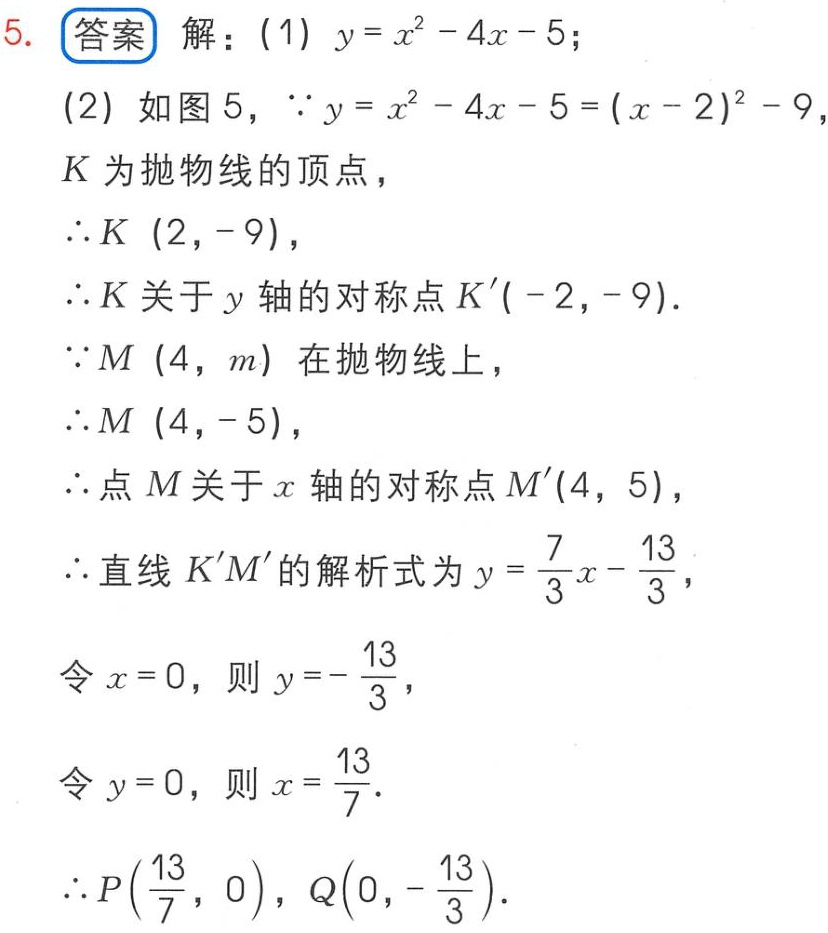
5. 答案 解：(1) \(y = x^{2}-4x - 5\)；
(2) 如图5，\(\because y = x^{2}-4x - 5=(x - 2)^{2}-9\)
\(K\)为抛物线的顶点，
\(\therefore K(2,-9)\)，
\(\therefore K\)关于\(y\)轴的对称点\(K'(-2,-9)\)．
\(\because M(4,m)\)在抛物线上，
\(\therefore M(4,-5)\)，
\(\therefore\)点\(M\)关于\(x\)轴的对称点\(M'(4,5)\)，
\(\therefore\)直线\(K'M'\)的解析式为\(y = \frac{7}{3}x-\frac{13}{3}\)，
令\(x = 0\)，则\(y =-\frac{13}{3}\)，
令\(y = 0\)，则\(x=\frac{13}{7}\)．
\(\therefore P(\frac{13}{7},0)\)，\(Q(0,-\frac{13}{3})\)．